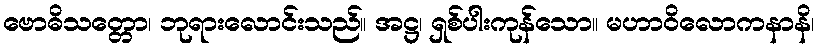
ဗောဓိသတ္တော၊ ဘုရားလောင်းသည်။ အဋ္ဌ၊ ရှစ်ပါးကုန်သော။ မဟာဝိလောကနာနိ၊